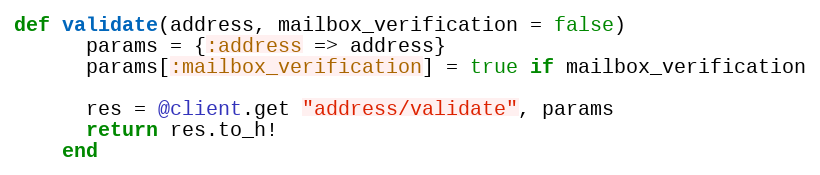
Language: Ruby
def validate(address, mailbox_verification = false)
      params = {:address => address}
      params[:mailbox_verification] = true if mailbox_verification

      res = @client.get "address/validate", params
      return res.to_h!
    end